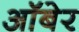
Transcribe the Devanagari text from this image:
ऑबेर